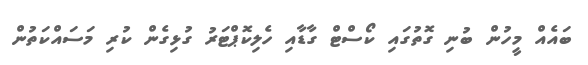
ބައެއް މީހުން ބުނި ގޮތުގައި ކޯސްޓް ގާޑާއި ހެލިކޮޕްޓަރު ގުޅިގެން ކުރި މަސައްކަތުން